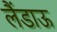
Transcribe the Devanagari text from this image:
लैंडाऊ